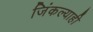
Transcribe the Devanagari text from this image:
जिंकल्याही